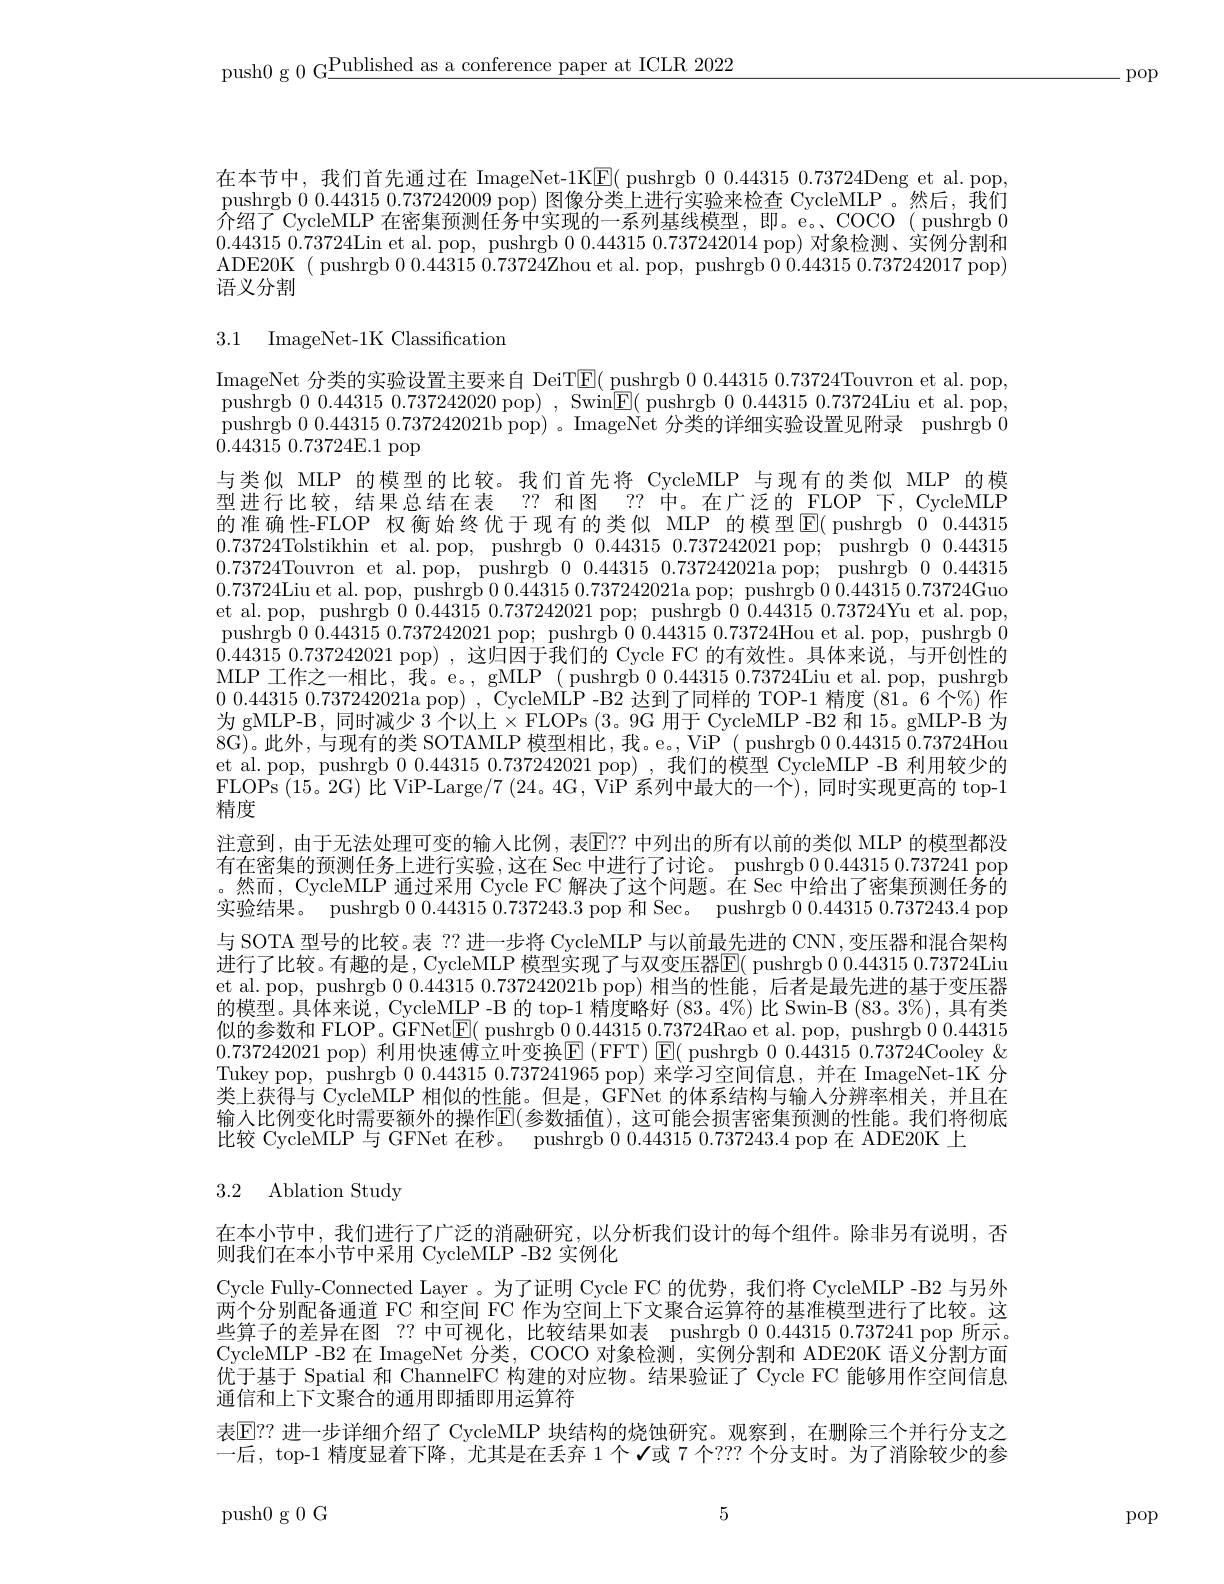
push0 g 0 G$\underline\text{Published as a conference paper at ICLR 2022}$

.pop

在本节中，我们首先通过在 ImageNet-1K$\boxed{\mathrm{F}}($ pushrgb 0.443150.73724Deng et al.pop, pushrgb 0.44315 0.737242009 pop) 图像分类上进行实验来检查 CycleMLP。然后，我们介绍了 CycleMLP 在密集预测任务中实现的一系列基线模型，即。e。、COCO( pushrgb 00.44315 0.73724Lin et al. pop, pushrgb 0 0.44315 0.737242014 pop)对象检测、实例分割和ADE20K ( pushrgb 0 0.44315 0.73724Zhou et al. pop, pushrgb 0.44315 0.737242017 pop) 语义分割

# 3.1 ImageNet-1K Classification

ImageNet 分类的实验设置主要来自 DeiT$\underline{\mathrm{E}}($ pushrgb 0.0.44315 0.73724Touvron et al. pop, pushrgb 0.44315 0.737242020 pop) , Swin$\underline{\mathrm{E}}($ pushrgb 00.44315 0.73724Liu et al. pop, pushrgb 0.0.44315 0.737242021b pop)。ImageNet 分类的详细实验设置见附录 pushrgb 0 ${\overset{.}{\operatorname*{0.44315}}}{0.73724\mathrm{E.1~pop}}$
与类似 MLP 的模型的比较。我们首先将 CycleMLP 与现有的类似 MLP 的模型进行比较，结果总结在表 ?? 和图 ?? 中。在广泛的 FLOP 下，CycleMLP 的准确性-FLOP 权衡始终优于现有的类似 MLP 的模型$\operatorname{E}($ pushrgb 0 0.443150.73724Tolstikhin et al. pop, pushrgb 00.443150.737242021 pop; pushrgb 0.443150.73724Touvron et al.pop, pushrgb 00.443150.737242021a pop; pushrgb00.443150.73724Liu et al. pop, pushrgb 0.0.44315 0.737242021a pop; pushrgb 0.44315 0.73724Guo et al. pop, pushrgb 0 0.44315 0.737242021 pop; pushrgb 0.44315 0.73724Yu et al. pop, pushrgb 0.44315 0.737242021 pop; pushrgb 0.44315 0.73724Hou et al. pop, pushrgb 00.44315 0.737242021 pop),这归因于我们的 Cycle FC 的有效性。具体来说，与开创性的MLP 工作之一相比，我。e。, gMLP ( pushrgb 0.443150.73724Liu et al. pop, pushrgb 0 0.44315 0.737242021a pop) , CycleMLP -B2 达到了同样的 TOP-1 精度 (81。6 个%) 作为 gMLP-B, 同时减少 3 个以上$\times$FLOPs (3。9G 用于 CycleMLP -B2 和 15。gMLP-B 为8G)。此外，与现有的类 SOTAMLP 模型相比，我。e。,ViP ( pushrgb 0.443150.73724Hou et al. pop, pushrgb 0 0.44315 0.737242021 pop),我们的模型 CycleMLP -B 利用较少的FLOPs ( 15。2G) 比 ViP- Large/ 7 ( 24。4G, ViP 系 列 中 最 大 的 一 个 ) , 同 时 实 现 更 高 的 top- 1精度
注意到，由于无法处理可变的输人比例，表$\mathbb{E}??$ 中列出的所有以前的类似 MLP 的模型都没有在密集的预测任务上进行实验，这在 Sec 中进行了讨论。pushrgb 0.443150.737241 pop 。然而，CycleMLP 通过采用 Cycle FC 解决了这个问题。在 Sec 中给出了密集预测任务的实验结果。pushrgb 0.44315 0.737243.3 pop 和 Sec。pushrgb 0.0.44315 0.737243.4 pop 与 SOTA 型号的比较。表 ?? 进一步将 CycleMLP 与以前最先进的 CNN,变压器和混合架构进行了比较。有趣的是，CycleMLP 模型实现了与双变压器$\overline{\mathrm{E}}($ pushrgb 0.443150.73724Liu et al. pop, pushrgb 0 0.44315 0.737242021b pop)相当的性能，后者是最先进的基于变压器的模型。具体来说，CycleMLP -B 的 top-1 精度略好 (83。4%) 比 Swin-B (83。3%), 具有类似的参数和 FLOP。GFNet$\boxed{\mathrm{E}}($ pushrgb 0.443150.73724Rao et al. pop, pushrgb 0.443150.737242021 pop) 利用快速傅立叶变换$\boxed{\mathrm{FT}})\boxed{\mathrm{E}}($ pushrgb 0.443150.73724Cooley $\&$ Tukey pop, pushrgb 0 0.44315 0.737241965 pop)来学习空间信息，并在 ImageNet-1K 分类上获得与 CycleMLP 相似的性能。但是，GFNet 的体系结构与输入分辨率相关，并且在输入比例变化时需要额外的操作$\overline{\mathbb{E}}($参数插值),这可能会损害密集预测的性能。我们将彻底比较 CycleMLP 与 GFNet 在秒。pushrgb 0.44315 0.737243.4 pop 在 ADE20K 上

# 3.2 Ablation Study

在本小节中，我们进行了广泛的消融研究，以分析我们设计的每个组件。除非另有说明，否
则我们在本小节中采用 CycleMLP -B2 实例化
Cycle Fully-Connected Layer 。为了证明 Cycle FC 的优势，我们将 CycleMLP -B2 与另外两个分别配备通道 FC 和空间 FC 作为空间上下文聚合运算符的基准模型进行了比较。这些算子的差异在图 ?? 中可视化，比较结果如表 pushrgb 0.44315 0.737241 pop 所示。CycleMLP -B2 在 ImageNet 分类，COCO 对象检测，实例分割和 ADE20K 语义分割方面优于基于 Spatial 和 ChannelFC 构建的对应物。结果验证了 Cycle FC 能够用作空间信息通信和上下文聚合的通用即插即用运算符
表$\mathbb{E}?$ 进一步详细介绍了 CycleMLP 块结构的烧蚀研究。观察到，在删除三个并行分支之一后，top-1 精度显着下降，尤其是在丢弃 1 个 $\checkmark$或 7 个？?? 个分支时。为了消除较少的参

5

push0g0G

pop